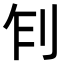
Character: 𠛢